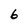
Character: 6